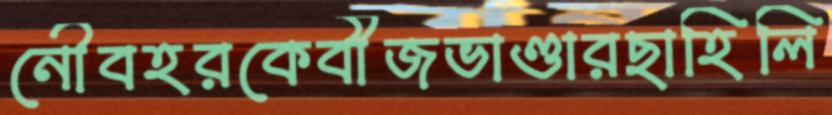
নৌবহরকেবীজভাণ্ডারছাহিলি